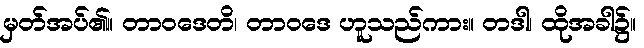
မှတ်အပ်၏။ တာဝဒေတိ၊ တာဝဒေ ဟူသည်ကား။ တဒါ၊ ထိုအခါ၌။